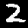
Digit: 2